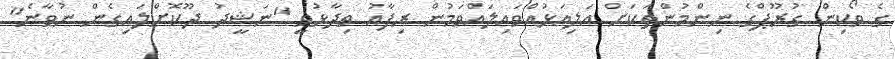
ގެ ވޯކިން ގުރޫޕްގެ ނިންމުންތަކަށް އަލިއަޅުއްވައިލައްވަމުން ރިފާއު ވިދާޅުވީ "ނަޝީދު ދޫކޮށްލައިގެން ނުވާނެ"